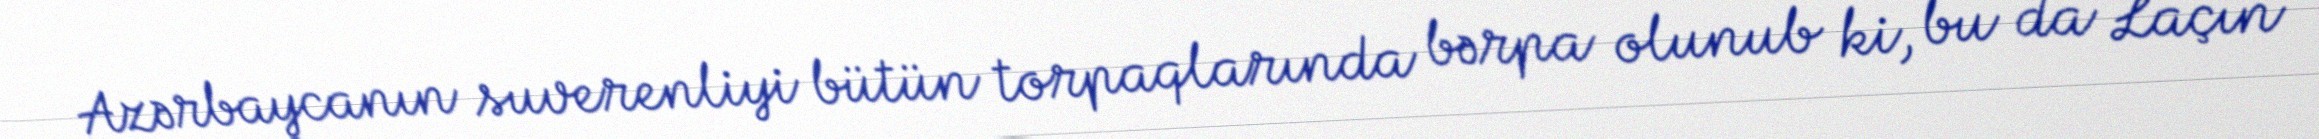
Azərbaycanın suverenliyi bütün torpaqlarında bərpa olunub ki, bu da Laçın